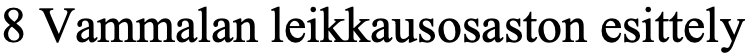
8 Vammalan leikkausosaston esittely